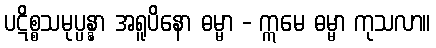
ပဋိစ္စသမုပ္ပန္နာ အရူပိနော ဓမ္မာ - ဣမေ ဓမ္မာ ကုသလာ။